Report on vaccination for the Province of Oudh 1872 -
Year: 1872
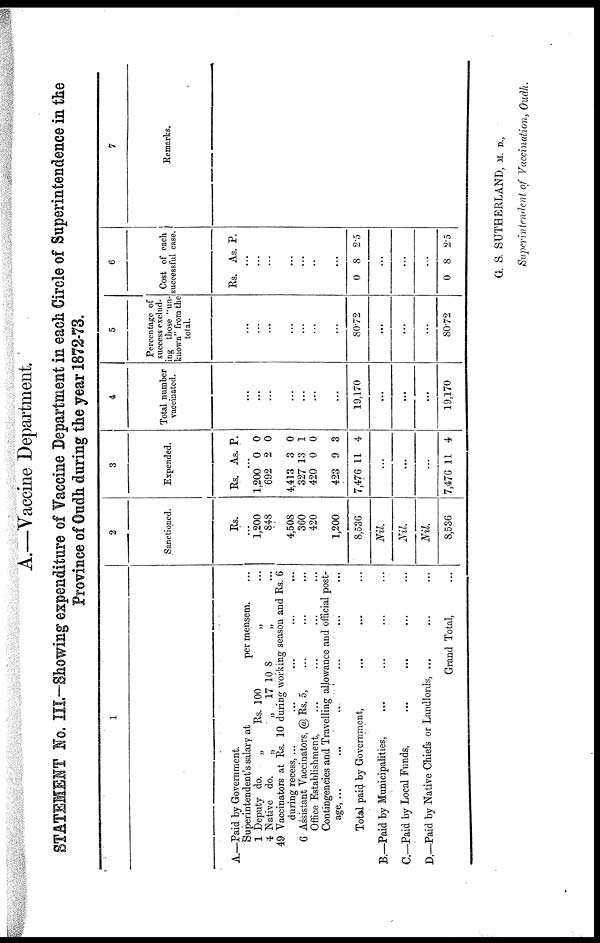
A.—Vaccine Department.
STATEMENT No. III—Showing expenditure of Vaccine Department in each Circle of Superintendence in the
Province of Oudh during the year 1872-73.
1
A.—Paid by Government.
Superintendent's salary at
1
4
49
6
Deputy do.
„
Rs.
Native do.
„
„
100
17 10 8
per mensem. ...
„
...
„
...
Vaccinators at Rs. 10 during working season and Rs. 6
during recess, ... ... ... ... ...
Assistant Vaccinators, @ Rs. 5, ... ... ...
Office Establishment, ... ... ... ...
Contingencies and Travelling allowance and official post-
age, ... ... ... ... ... ...
Total paid by Government, ... ... ...
B.—Paid by Municipalities, ... ... ... ...
C.—Paid by Local Funds, ... ... ... ...
D.—Paid by Native Chiefs or Landlords, ... ... ...
Grand Total, ...
2
Sanctioned.
Rs.
...
1,200
848
4,508
360
420
1,200
8,536
Nil.
Nil.
Nil
8,536
3
Expended.
Rs. As. P.
...
1,200
692
4,413
327
420
423
7,476
0
2
3
13
0
9
11
0
0
0
1
0
3
4
...
...
...
7,476 11 4
4
Total number
vaccinated.
...
...
...
...
...
...
...
19,170
...
...
...
19,170
5
Percentage of
success exclud-
ing those "un-
known" from the
total.
...
...
...
...
...
...
80.72
...
...
...
80.72
6
Cost of each
successful case.
Rs. As. P.
...
...
...
...
...
..
...
0 8 2.5
...
...
...
0 8 2.5
7
Remarks.
G. S. SUTHERLAND, M. D.,
Superintendent of Vaccination, Oudh.